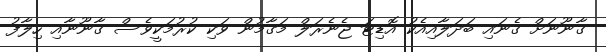
ގާނޫނަށް ގެނައި ބަދަލާއިއެކު އޮޑިޓަ ޖެނެރަލް މަގާމުން ވަކި ކުރުމަކީވެސް ގާނޫނާއި ހިލާފު